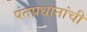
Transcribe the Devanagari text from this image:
पंतप्रधानांची